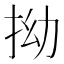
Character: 拗